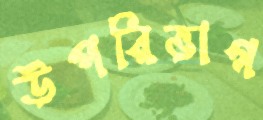
উপরিভাগ